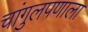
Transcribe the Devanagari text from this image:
चांगुलपणाला